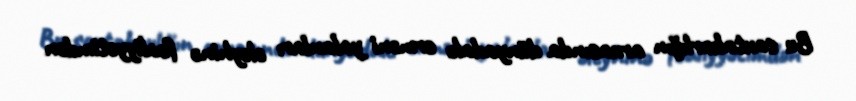
Bu saxtakarlığın arxasında dünyadakı erməni yalanları əleyhinə fəaliyyətimdən